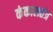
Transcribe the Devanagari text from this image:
कंकालतंत्र